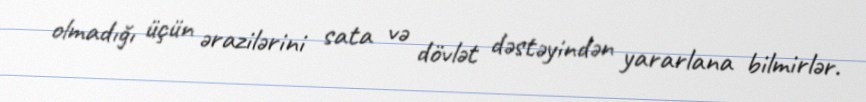
olmadığı üçün ərazilərini sata və dövlət dəstəyindən yararlana bilmirlər.